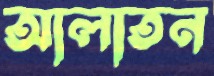
আলাতন